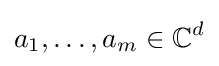
a_{1},\ldots ,a_{m}\in {\mathbb {C} }^{d}